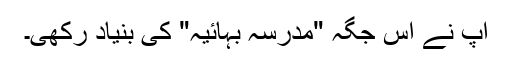
آپ نے اس جگہ "مدرسہ بہائیہ" کی بنیاد رکھی۔